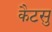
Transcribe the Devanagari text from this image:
कैटसु